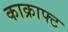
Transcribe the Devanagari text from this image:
काक्राफ्ट